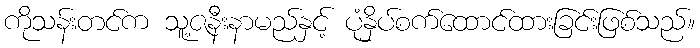
ကိုသန်းတင်က သူ့ဇနီးနာမည်နှင့် ပုံနှိပ်စက်ထောင်ထားခြင်းဖြစ်သည်။